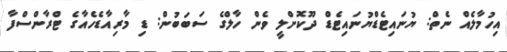
އިހުމާލެއް ނެތް: ޔުނައިޓެޑްޔުނައިޓެޑް ދޫކޮށްލީ ވެން ހާލްގެ ސަބަބުން: ޑި މާރިއާޑެހެއާގެ ޓްރާންސްފާ